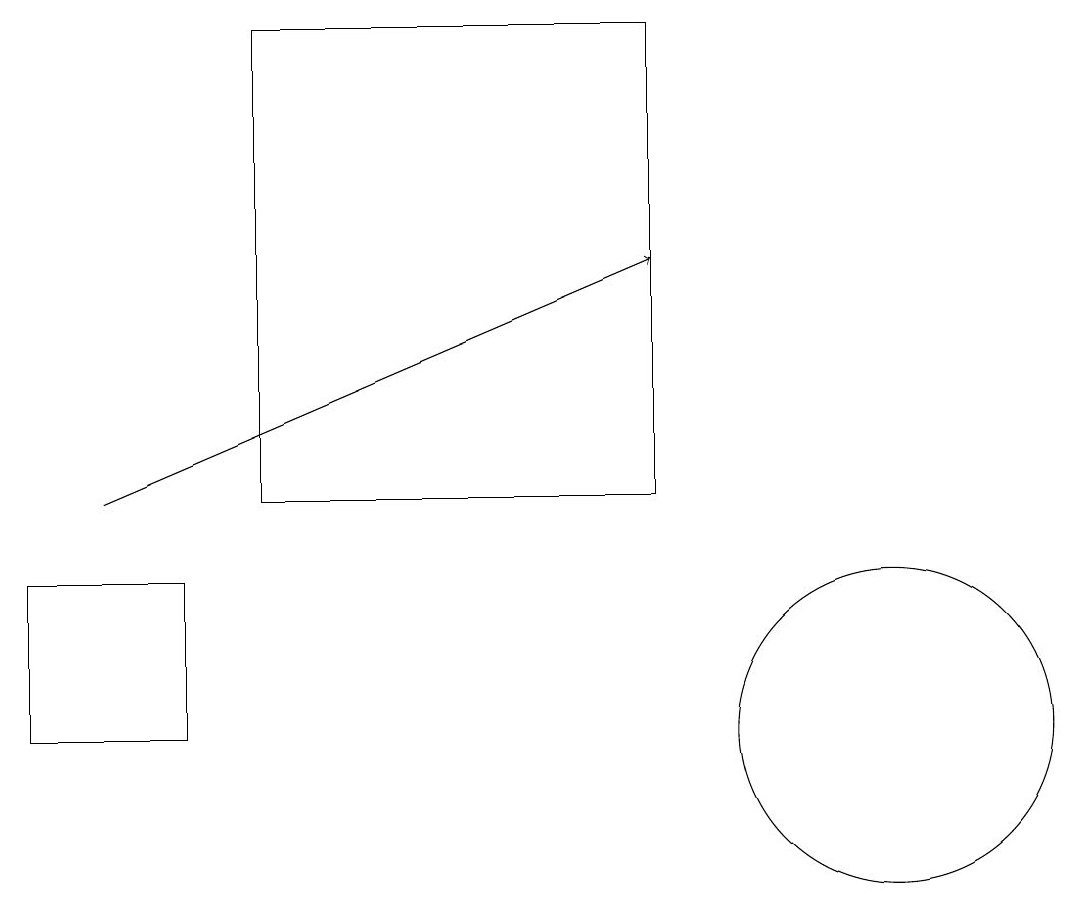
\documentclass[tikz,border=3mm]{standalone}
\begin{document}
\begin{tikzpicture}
\draw (9,19) rectangle (4,13);
\draw (11,11) circle (0);
\draw[->] (2,13) -- (9,16);
\draw (12,10) circle (2);
\draw (1,10) rectangle (3,12);
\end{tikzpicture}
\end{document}